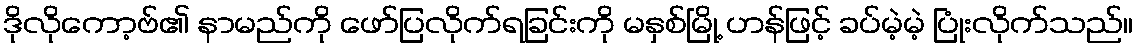
ဒိုလိုကော့ဗ်၏ နာမည်ကို ဖော်ပြလိုက်ရခြင်းကို မနှစ်မြို့ ဟန်ဖြင့် ခပ်မဲ့မဲ့ ပြုံးလိုက်သည်။